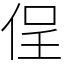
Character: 侱